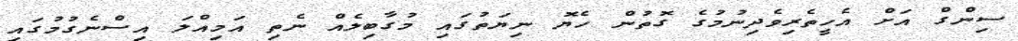
ސިންގް އަށް އެހީތެރިވެދިނުމުގެ ގޮތުން ހެޔޮ ނިޔަތުގައި މުގާބިލެއް ނެތި އަމިއްލަ އިސްނެގުމުގައި